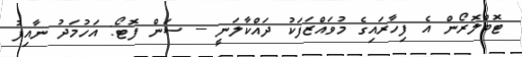
ޓޮބްލޮރޯން އެ ފިހާރައިގެ މުވައްޒަފަކު ދައްކާލަނީ -- ސަން ފޮޓޯ: އަހުމަދު ނާއިފު